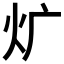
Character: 𤆓